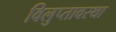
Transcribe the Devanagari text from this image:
विलुप्‍तावस्‍था